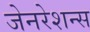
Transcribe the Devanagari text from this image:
जेनरेशन्स